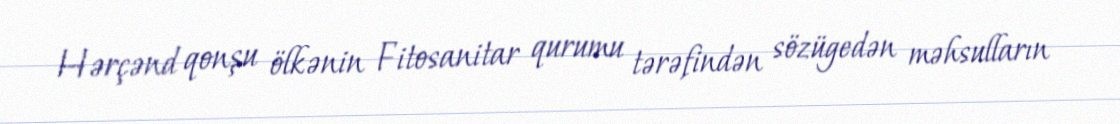
Hərçənd qonşu ölkənin Fitosanitar qurumu tərəfindən sözügedən məhsulların